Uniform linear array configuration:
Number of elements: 48
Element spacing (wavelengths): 0.75
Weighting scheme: cosine
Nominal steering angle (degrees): -15
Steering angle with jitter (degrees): -13.519
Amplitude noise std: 0.05
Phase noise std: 0.05

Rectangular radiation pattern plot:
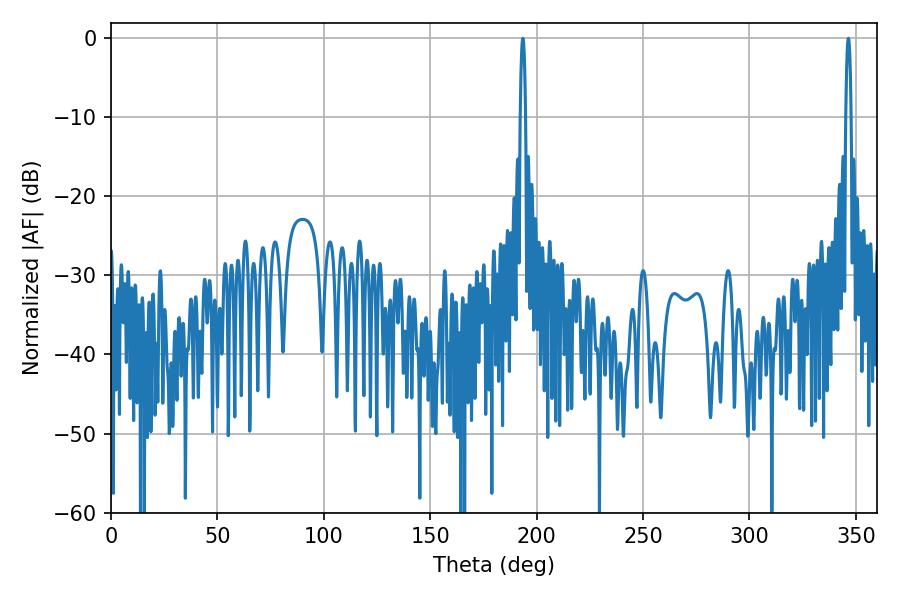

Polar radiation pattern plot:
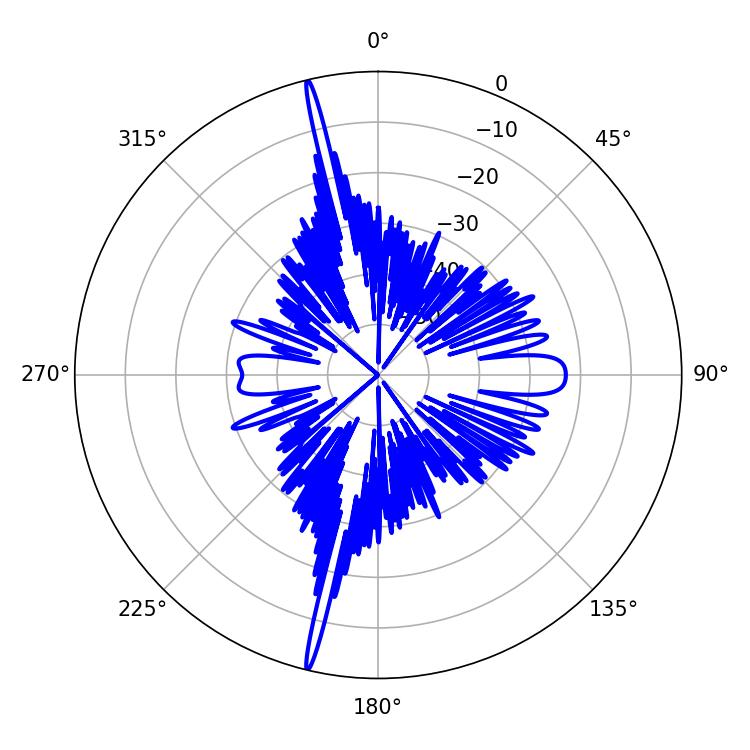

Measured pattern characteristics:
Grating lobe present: TRUE
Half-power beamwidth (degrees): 1.44
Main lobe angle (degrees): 193.5